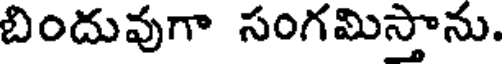
బిందువుగా సంగమిస్తాను.